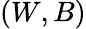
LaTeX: (W,B)